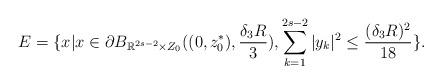
LaTeX: \begin{align*}E = \{x|x\in\partial B_{\mathbb{R}^{2s-2}\times Z_0}((0, z_0^*), \frac{\delta_3R}{3}), \sum\limits_{k=1}^{2s-2}|y_k|^2 \leq \frac{(\delta_3R)^2}{18}\}.\end{align*}